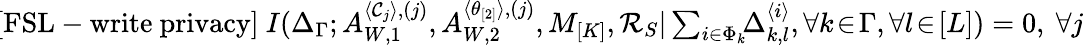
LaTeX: \begin{array}{r}{\! \mathrm{[FSL-write~privacy]}\ I(\Delta_{\Gamma};A_{W,1}^{\langle\mathcal{C}_{j}\rangle,(j)},A_{W,2}^{\langle\theta_{[2]}\rangle,(j)},M_{[K]},\mathcal{R}_{S}|\sum_{i\in\Phi_{k}}\! \! \Delta_{k,l}^{\langle i\rangle},\forall k\! \in\! \Gamma,\forall l\! \in\! [L])=0,\ \forall j}\end{array}